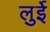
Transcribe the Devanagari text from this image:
लुईे